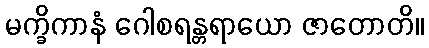
မက္ခိကာနံ ဂေါစရန္တရာယော ဇာတောတိ။